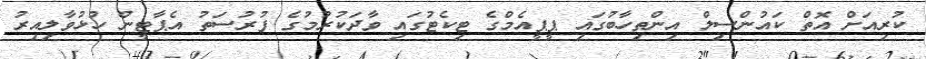
ކުރިއަށް އޮތް ކައުންސިލް އިންތިހާބުގައި ޕީޕީއެމްގެ ޓިކެޓުގައި ވާދަކުރުމުގެ ފުރުސަތު އެޕާޓީން ހުޅުވާލިއިރު